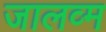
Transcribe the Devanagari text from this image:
जालव्म